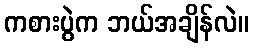
ကစားပွဲက ဘယ်အချိန်လဲ။